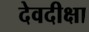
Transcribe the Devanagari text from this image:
देवदीक्षा